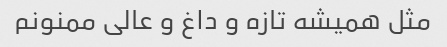
مثل همیشه تازه و داغ و عالی ممنونم